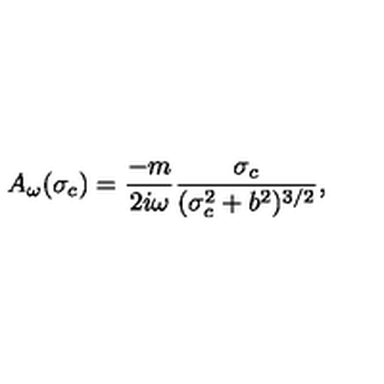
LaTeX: A _ { \omega } ( \sigma _ { c } ) = \frac { - m } { 2 i \omega } \frac { \sigma _ { c } } { ( \sigma _ { c } ^ { 2 } + b ^ { 2 } ) ^ { 3 / 2 } } ,